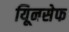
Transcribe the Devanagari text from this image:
यूिनसेफ